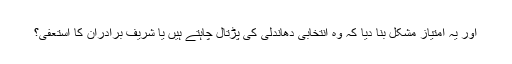
اور یہ امتیاز مشکل بنا دیا کہ وہ انتخابی دھاندلی کی پڑتال چاہتے ہیں یا شریف برادران کا استعفیٰ؟